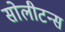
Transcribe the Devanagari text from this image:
सोलीटन्स